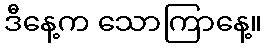
ဒီနေ့က သောကြာနေ့။